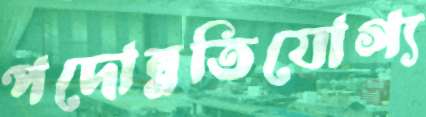
পদোন্নতিযোগ্য